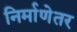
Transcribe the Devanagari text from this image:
निर्माणेतर